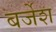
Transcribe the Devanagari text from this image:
बर्जेश